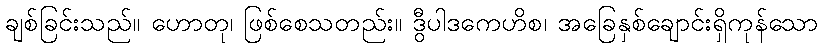
ချစ်ခြင်းသည်။ ဟောတု၊ ဖြစ်စေသတည်း။ ဒွီပါဒကေဟိစ၊ အခြေနှစ်ချောင်းရှိကုန်သော